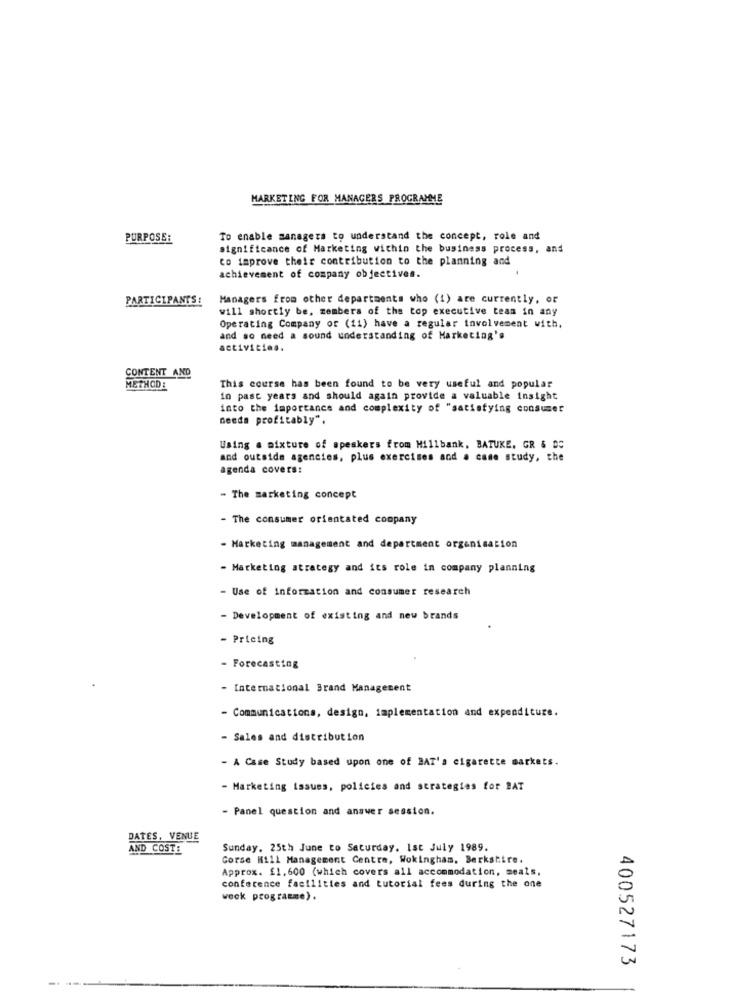
MARKETING FOR MANAGERS PROGRAMME
PURPOSE:
To enable managers to understand the concept, role and
significance of Marketing within the business process, and
to improve their contribution to the planning and
achievement of company objectives.
PARTICIPANTS:
Managers from other departments who (1) are currently, or
will shortly be, members of the top executive team in any
Operating Company of (11) have a regular involvement with,
and so need a sound understanding of Marketing's
activities.
CONTENT AND
METHODE
This course has been found to be very useful and popular
in past years and should again provide a valuable insight
into the importance and complexity of "satisfying consumer
needa profitably".
Using a mixture of speakers from Hillbank, BATUKE, GR & DS
and outside agencies, plus exercises and . case study, the
agenda covers:
- The marketing concept
- The consumer orientated company
- Marketing management and department organisation
- Marketing strategy and its role in company planning
- Use of information and consumer research
- Development of existing and new brands
- Pricing
- Forecasting
- International Brand Management
- Communications, design, implementation and expenditure.
- Sales and distribution
- A Case Study based upon one of BAT's cigarette markets.
- Marketing issues, policies and strategies for BAT
- Panel question and answer session.
DATES, VENUE
AND COSTE
Sunday. 25th June to Saturday. Ist July 1989.
Corse Hill Management Centre, Wokingham. Berkshire.
Approx. £1,600 (which covers all accommodation, seals,
conference facilities and tutorial fees during the one
weck programme).
400527173